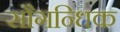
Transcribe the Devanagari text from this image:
सौगन्धिक